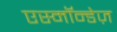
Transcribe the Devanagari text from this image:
एस्मॉन्डेज़